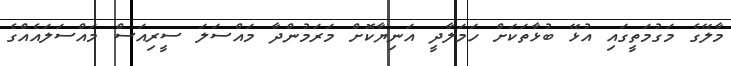
މާލޭގެ މަގުމަތީގައި އުޅޭ ބުޅާތަކަށް ހަމަލާދީ އަނިޔާކޮށް މަރަމުންދާ މައްސަލަ ސީރިއަސް މައްސަލައެއްގެ